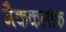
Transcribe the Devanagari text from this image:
मैककलॉफ